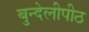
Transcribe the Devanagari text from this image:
बुन्देलीपीठ